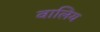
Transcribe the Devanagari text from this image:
वालिय